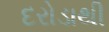
દરોડાથી